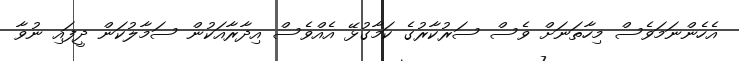
އެހެންނަމަވެސް މިހާތަނަށް ވެސް ސަރުކާރުގެ ކަމާގުޅޭ އެއްވެސް އިދާރާއަކުން ސަމާލުކަން ދީފައި ނުވާ